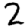
Digit: 2